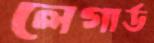
লেগার্ড